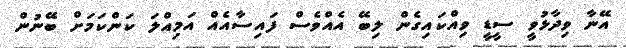
އޭނާ ވިދާޅުވީ ސީޑީ ވިއްކައިގެން ލިބޭ އެއްވެސް ފައިސާއެއް އަމިއްލަ ކަންކަމަށް ބޭނުން